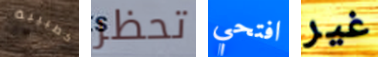
كطبيبة تحظر افتحي غير